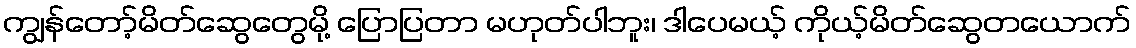
ကျွန်တော့်မိတ်ဆွေတွေမို့ ပြောပြတာ မဟုတ်ပါဘူး၊ ဒါပေမယ့် ကိုယ့်မိတ်ဆွေတယောက်